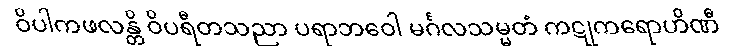
ဝိပါကဖလန္တိ ဝိပရီတသညာ ပရာဘဝေါ မင်္ဂလသမ္မတံ ကဋုကရောဟိဏီ